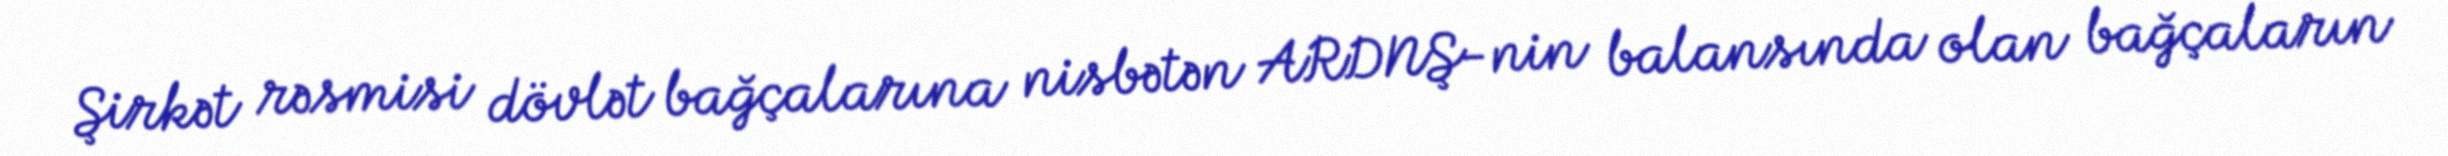
Şirkət rəsmisi dövlət bağçalarına nisbətən ARDNŞ-nin balansında olan bağçaların